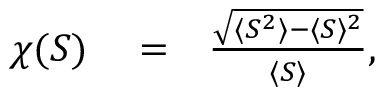
\begin{array} { r l r } { \chi ( S ) } & { { } = } & { \frac { \sqrt { \langle S ^ { 2 } \rangle - \langle S \rangle ^ { 2 } } } { \langle S \rangle } , } \end{array}